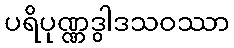
ပရိပုဏ္ဏဒွါဒသဝဿာ